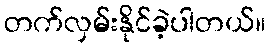
တက်လှမ်းနိုင်ခဲ့ပါတယ်။